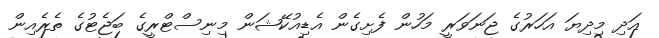
އަދި މިދިޔަ އަހަރުގެ ޖަނަވަރީ މަހުން ފެށިގެން އެޑިއުކޭޝަން މިނިސްޓްރީގެ ބަޖެޓުގެ ތެރެއިން